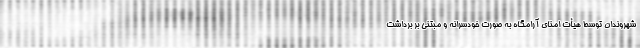
شهروندان توسط هیأت امنای آرامگاه به صورت خودسرانه و مبتنی بر برداشت